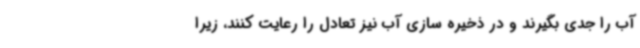
آب را جدی بگیرند و در ذخیره سازی آب نیز تعادل را رعایت کنند، زیرا